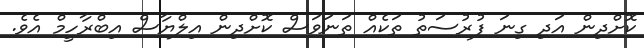
ކޮށްދިން އަދި ގިނަ ފުރުސަތު ތަކެއް ތަނަވަސް ކޮށްދިން އިލްޔާސް އިބްރާހީމް އެވެ.